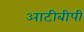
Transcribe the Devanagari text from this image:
आटीबीपी